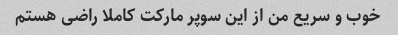
خوب و سریع من از این سوپر مارکت کاملا راضی هستم